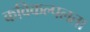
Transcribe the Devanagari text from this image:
कविकल्पलता